Annual statistical returns and brief notes on vaccination in Bengal - 1887-1898
Year: 1887
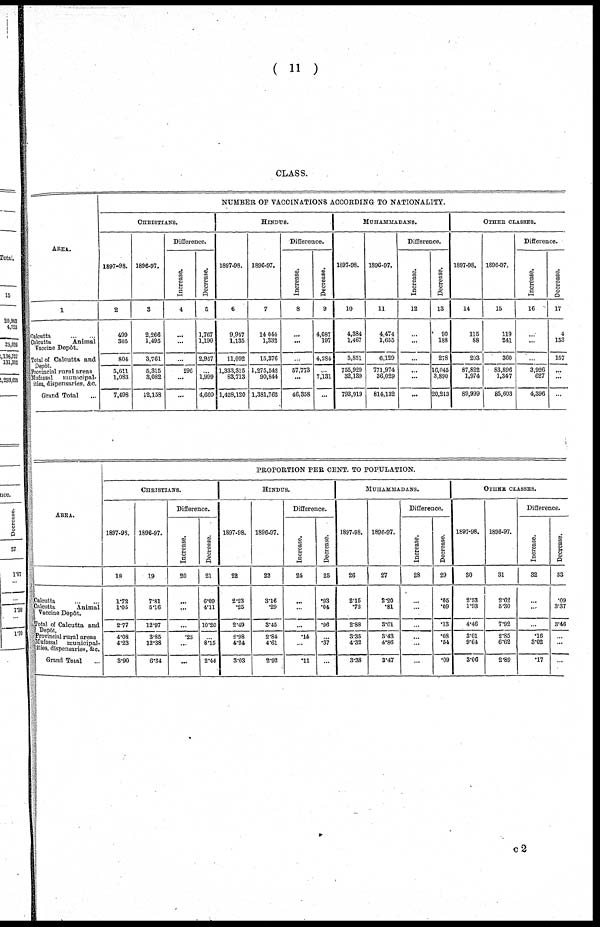
( 11 )
CLASS.
AREA.
1
Calcutta ... ...
Calcutta
Animal
Vaccine Depôt.
Total of Calcutta and
Depôt.
Provincial rural areas
Mafassal
municipal-
ities, dispensaries, &c.
Grand Total ...
NUMBER OF VACCINATIONS ACCORDING TO NATIONALITY.
CHRISTIANS.
1897-98.
2
499
305
804
5,611
1,083
7,498
1896-97.
3
2,266
1,495
3,761
5,315
3,082
12,158
Difference.
Increase.
4
...
...
...
296
...
...
Decrease.
5
1,767
1,190
2,957
...
1,999
4,660
HINDUS.
1897-98.
6
9,957
1,135
11,092
1,333,315
83,713
1,428,120
1896-97.
7
14,044
1,332
15,376
1,275,542
90,844
1,331,762
Difference.
Increase.
8
...
...
...
57,773
...
46,358
Decrease.
9
4,087
197
4,284
...
7,131
...
MUHAMMADANS.
1897-98.
10
4,384
1,467
5,851
755,929
32,139
793,919
1896-97.
11
4,474
1,655
6,129
771,974
36,029
814,132
Difference.
Increase.
12
...
...
...
...
...
...
Decrease.
13
90
188
278
16,045
3,890
20,213
OTHER CLASSES.
1897-98.
14
115
88
203
87,822
1,974
89,999
1896-97.
15
119
241
360
83,896
1,347
85,603
Difference.
Increase.
16
...
...
...
3,926
627
4,396
Decrease.
17
4
153
157
...
...
...
AREA.
Calcutta
...
...
Calcutta
Animal
Vaccine Depôt.
Total of Calcutta and
Depôt.
Provincial rural areas
Mufassal municipal-
ities, dispensaries, &c.
Grand Total ...
PROPORTION PER CENT. TO POPULATION.
CHRISTIANS.
1897-98.
18
1.72
1.05
277
4.08
4.23
3.90
1896-97.
19
7.31
5.16
12.97
3.85
12.38
6.34
Difference.
Increase.
20
...
...
...
.23
...
...
Decrease.
21
6.09
4.11
10.20
...
8.15
2.44
HINDUS.
1897-98.
22
2.23
.25
2.49
2.98
4.24
3.03
1896-97.
23
3.16
.29
3.45
2.84
4.61
2.92
Difference.
Increase.
24
...
...
...
.14
...
.11
Decrease.
25
.93
.04
.96
...
.37
...
MUHAMMADANS.
1897-98.
26
2.15
.72
2.88
3.35
4.32
3.38
1896-97.
27
2.20
.81
3.01
3.43
4.86
3.47
Difference.
Increase.
28
...
...
...
...
...
Decrease.
29
.05
.09
.13
.08
.54
.09
OTHER CLASSES.
1897-98.
30
2.53
1.93
4.46
3.01
9.64
3.06
1896-97.
31
2.62
5.30
7.92
2.85
6.62
2.89
Difference.
Increase.
32
...
...
...
.16
3.02
.17
Decrease.
33
.09
3.37
3.46
...
...
...
c2